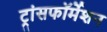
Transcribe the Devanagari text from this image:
ट्रांसफॉर्मेशन